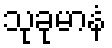
သုခုမာနံ